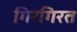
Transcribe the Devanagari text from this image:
गिरगिरत